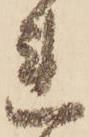
れ